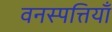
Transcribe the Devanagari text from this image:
वनस्पत्तियाँ